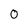
Character: O